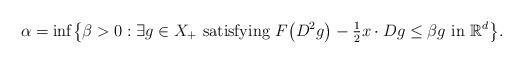
LaTeX: \begin{align*} \alpha= \inf \bigl\{ \beta> 0 : \exists g\in X_+ \mbox{ satisfying } F\bigl(D^2g\bigr) - \tfrac{1}2 x \cdot Dg \leq\beta g \mbox { in } \mathbb{R}^d \bigr\}.\end{align*}